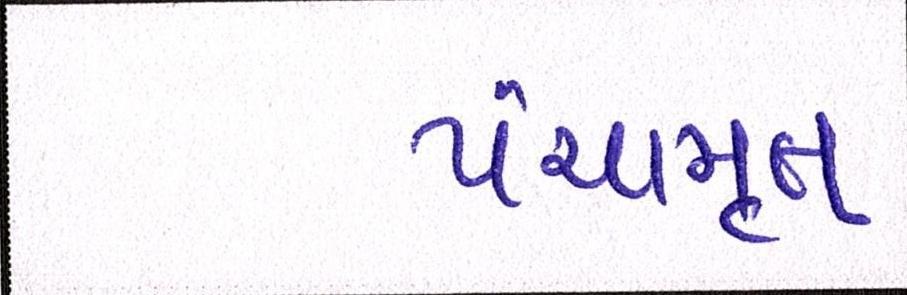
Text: પંચામૃત